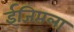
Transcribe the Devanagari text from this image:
ईजिप्तला